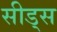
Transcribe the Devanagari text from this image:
सीड्‌स